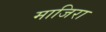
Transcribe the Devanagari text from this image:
माजिरा